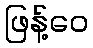
ဖြန့်ဝေ